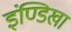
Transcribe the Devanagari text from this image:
इंण्डिखा